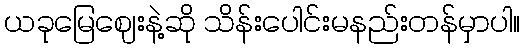
ယခုမြေဈေးနဲ့ဆို သိန်းပေါင်းမနည်းတန်မှာပါ။